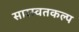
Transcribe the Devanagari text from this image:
सारस्वतकल्प